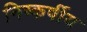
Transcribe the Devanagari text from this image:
निष्कर्षीय